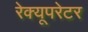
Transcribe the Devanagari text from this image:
रेक्यूपरेटर